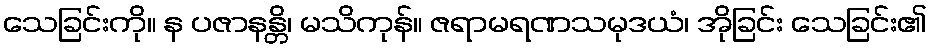
သေခြင်းကို။ န ပဇာနန္တိ၊ မသိကုန်။ ဇရာမရဏသမုဒယံ၊ အိုခြင်း သေခြင်း၏